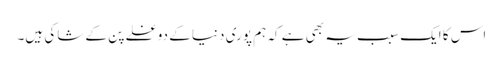
اس کا ایک سبب یہ بھی ہے کہ ہم پوری دنیا کے دوغلے پن کے شاکی ہیں۔